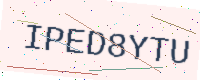
Text: IPED8YTU